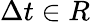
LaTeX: \Delta t\in R